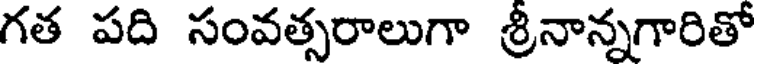
గత పది సంవత్సరాలుగా శ్రీనాన్నగారితో